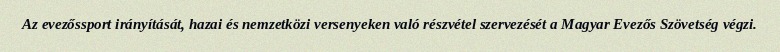
Az evezőssport irányítását, hazai és nemzetközi versenyeken való részvétel szervezését a Magyar Evezős Szövetség végzi.